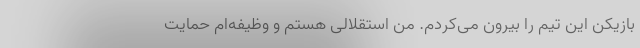
بازیکن این تیم را بیرون می‌کردم. من استقلالی هستم و وظیفه‌ام حمایت